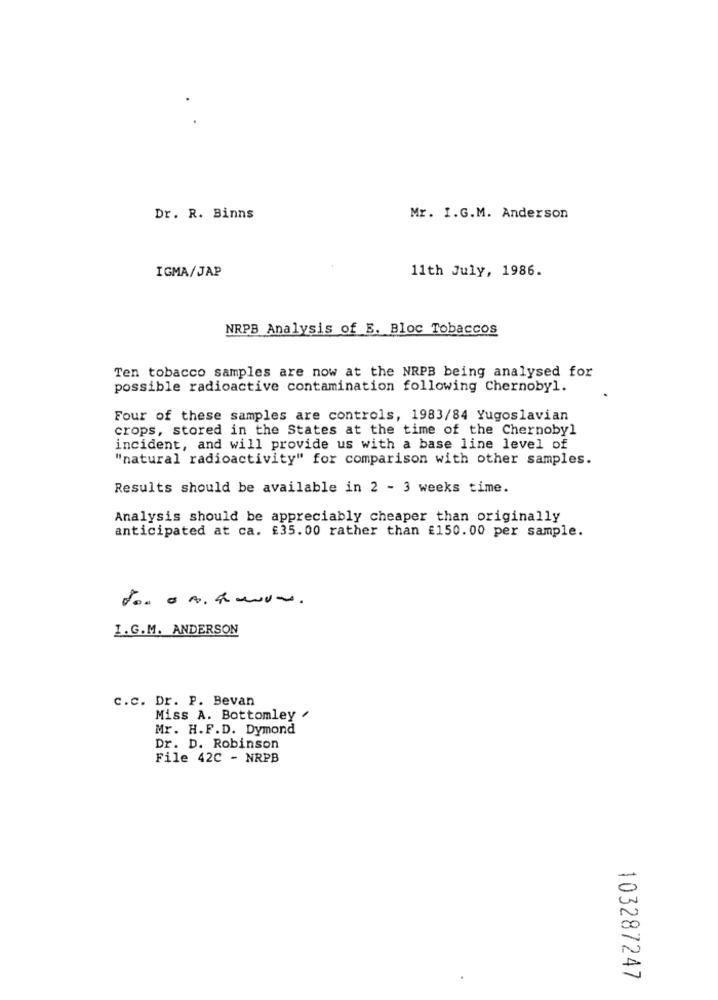
Dr. R. Binns
Mr. I.G.M. Anderson
IGMA/JAP
11th July, 1986.
NRPB Analysis of B. Bloc Tobaccos
Ten tobacco samples are now at the NRPB being analysed for
possible radioactive contamination following Chernobyl.
Four of these samples are controls, 1983/84 Yugoslavian
crops, stored in the States at the time of the Chernobyl
incident, and will provide us with a base line level of
"natural radioactivity" for comparison with other samples.
Results should be available in 2 - 3 weeks time.
Analysis should be appreciably cheaper than originally
anticipated at ca. £35.00 rather than £150.00 per sample.
I.G.M. ANDERSON
c.c. Dr. P. Bevan
Miss A. Bottomley /
Mr. H.F.D. Dymond
Dr. D. Robinson
File 42C - NRPB
-
00
103287247